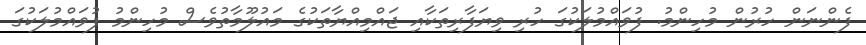
ފެންނަން ހުރުން މުހިންމު. ފުވައްމުލަކުގަ ހުރި ވިޔަފާރިތަކާއި ޖައްމިއްޔާތަކުގެ މައުލޫމާތުވެސް މުހިންމު ފުވައްމުލަކުގަ